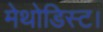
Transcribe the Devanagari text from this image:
मेथोडिस्ट।